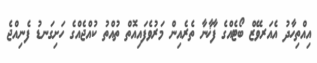
އިއްތިހާދު އެއަރވޭޒް ބޯޓެއްގެ ފާޚާނާ ތެރެއިން މަރުވެފައިއޮތް ތުއްތު ކުއްޖެއްގެ ހަށިގަނޑު ފެނިއްޖެ